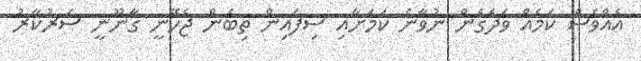
އެއްވެސް ކަމެއް ވަދެގެން ނުވާނެ ކަމަށާއި ސިފައިން ތިބެން ޖެހޭނީ ގާނޫނީ ސަރުކާރު